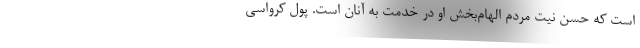
است که حسن ‌نیت مردم الهام‌بخش او در خدمت به آنان است. پول کرواسی